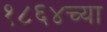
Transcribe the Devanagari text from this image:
१८६४च्या